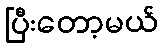
ပြီးတော့မယ်